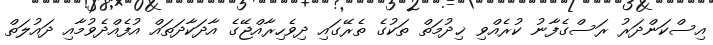
އިސްކަންދަރު ރަސްގެފާނު ކުރެއްވި ޚިދުމަތް ތަކުގެ ތެރޭގައި ދިވެހިރާއްޖޭގެ އާދަކާދަތައް އުފެއްދެވުމާއި ދައުލަތް